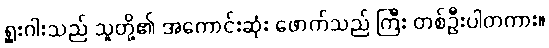
ရှူးဂါးသည် သူတို့၏ အကောင်းဆုံး ဖောက်သည် ကြီး တစ်ဦးပါတကား။